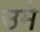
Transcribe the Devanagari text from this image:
उमे